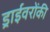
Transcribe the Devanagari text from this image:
ड्राईवरोंकी